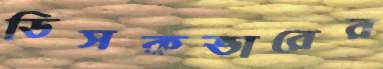
ডিসকভারের